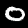
Digit: 0